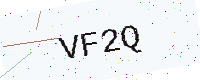
Text: VF2Q